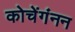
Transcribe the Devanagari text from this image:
कोचेंगंनन